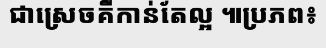
ជាស្រេចគឺកាន់តែល្អ ៕ប្រភព៖